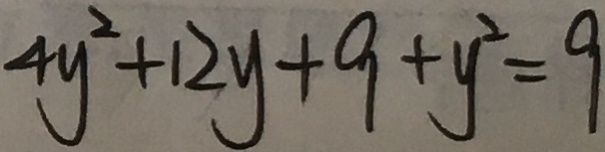
4 y ^ { 2 } + 1 2 y + 9 + y ^ { 2 } = 9